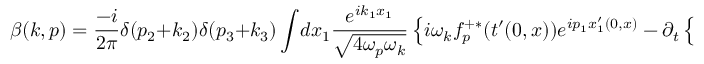
\beta ( k , p ) = \frac { - i } { 2 \pi } \delta ( p _ { 2 } + k _ { 2 } ) \delta ( p _ { 3 } + k _ { 3 } ) \int \! d x _ { 1 } \frac { e ^ { i k _ { 1 } x _ { 1 } } } { \sqrt { 4 \omega _ { p } \omega _ { k } } } \left\{ i \omega _ { k } f _ { p } ^ { + \ast } ( t ^ { \prime } ( 0 , x ) ) e ^ { i p _ { 1 } x _ { 1 } ^ { \prime } ( 0 , x ) } - \partial _ { t } \left\{ f _ { p } ^ { + \ast } ( t ^ { \prime } ( t , x ) ) e ^ { i p _ { 1 } x _ { 1 } ^ { \prime } ( t , x ) } \right\} \left| _ { t = 0 } \right. \right\}